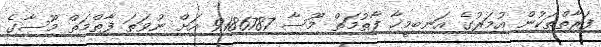
ފަރާތްތަކުން އުމަރުގެ އަނބިމީހާ ފާތުމަތް މޫސާ 9186787 އަށް ނުވަތަ ފާތްމަތް މޫސާގެ